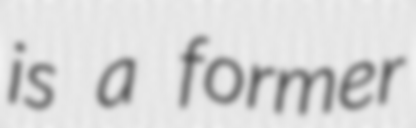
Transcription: is a former